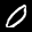
Label: 0